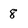
Character: 8